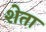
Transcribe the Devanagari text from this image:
शेता